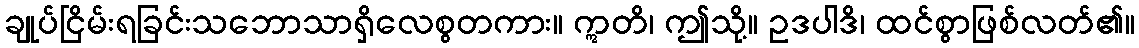
ချုပ်ငြိမ်းရခြင်းသဘောသာရှိလေစွတကား။ ဣတိ၊ ဤသို့။ ဥဒပါဒိ၊ ထင်စွာဖြစ်လတ်၏။